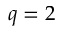
q = 2